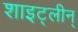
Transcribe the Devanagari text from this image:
शाइट्लीन्